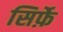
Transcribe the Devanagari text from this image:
सिर्फ़े